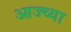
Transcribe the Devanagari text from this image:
आज्च्या